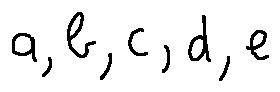
a , b , c , d , e